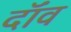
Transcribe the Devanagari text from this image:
दॉंव